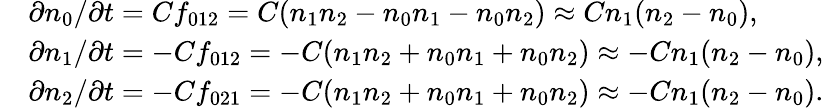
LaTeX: \begin{array}{rl}&{\partial n_{0}/\partial t=Cf_{012}=C(n_{1}n_{2}-n_{0}n_{1}-n_{0}n_{2})\approx Cn_{1}(n_{2}-n_{0}),}\\ &{\partial n_{1}/\partial t=-Cf_{012}=-C(n_{1}n_{2}+n_{0}n_{1}+n_{0}n_{2})\approx-Cn_{1}(n_{2}-n_{0}),}\\ &{\partial n_{2}/\partial t=-Cf_{021}=-C(n_{1}n_{2}+n_{0}n_{1}+n_{0}n_{2})\approx-Cn_{1}(n_{2}-n_{0}).}\end{array}